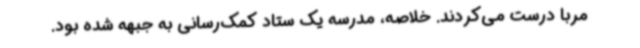
مربا درست می‌کردند. خلاصه، مدرسه یک ستاد کمک‌رسانی به جبهه شده بود.